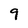
Character: 9